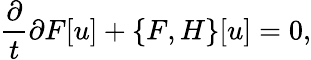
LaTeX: \frac{\partial}{t}{\partial F}[u]+\left\{ F,H\right\} [u]=0,